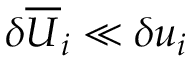
\delta \overline { { U } } _ { i } \ll \delta u _ { i }